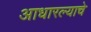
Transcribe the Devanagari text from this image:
आधारल्याचे